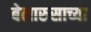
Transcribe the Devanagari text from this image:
बेलारुसाच्या